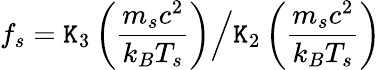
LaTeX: f_{s}=\mathtt{K}_{3}\left(\frac{{m_{s}c^{2}}}{{k_{B}T_{s}}}\right)\Big/\mathtt{K}_{2}\left(\frac{{m_{s}c^{2}}}{{k_{B}T_{s}}}\right)